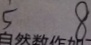
5 8